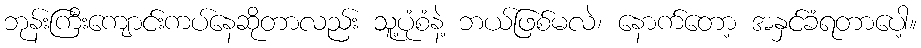
ဘုန်းကြီးကျောင်းကပ်နေဆိုတာလည်း သူ့ပုံစံနဲ့ ဘယ်ဖြစ်မလဲ၊ နောက်တော့ အနှင်ခံရတာပေါ့။